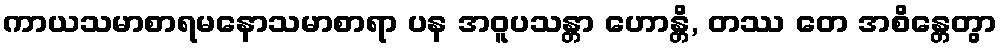
ကာယသမာစာရမနောသမာစာရာ ပန အဝူပသန္တာ ဟောန္တိ, တဿ တေ အစိန္တေတွာ